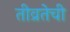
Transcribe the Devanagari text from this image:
तीव्रतेची